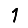
Digit: 1